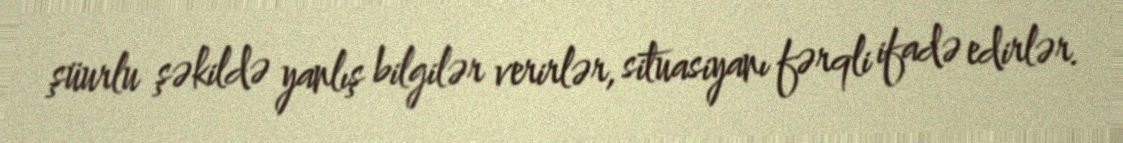
şüurlu şəkildə yanlış bilgilər verirlər, situasiyanı fərqli ifadə edirlər.